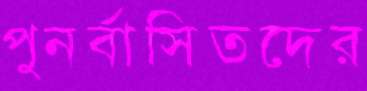
পুনর্বাসিতদের